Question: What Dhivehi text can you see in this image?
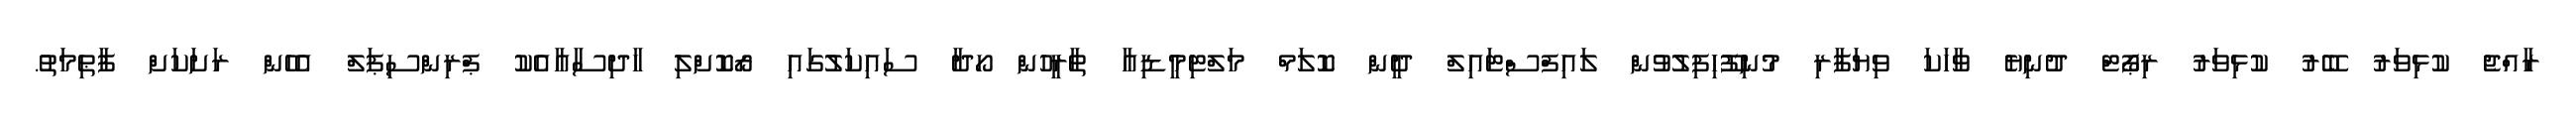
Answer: ރާއްޖެ ކުޅިވަރު ބޭރު ކުޅިވަރު ރިޕޯޓް ދުނިޔެ ވާހަކަ ވިޔަފާރި މުނިފޫހިފިލުވުން ލައިފްސްޓައިލް ދީން ކޮލަމް މަލްޓިމީޑިއާ ތާރީހުން ހޯދާ ސައިކަލުގައި ރޯކޮށްލި ހާދިސާއާއެކު ޕްރިންސިޕަލް އެހެން ރަށަކަށް ފާޠިމަތު.